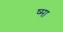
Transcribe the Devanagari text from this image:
ष्मा